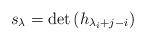
LaTeX: \begin{align*}s_\lambda = \det\left( h_{\lambda_i + j - i} \right)\end{align*}